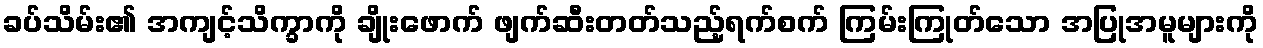
ခပ်သိမ်း၏ အကျင့်သိက္ခာကို ချိုးဖောက် ဖျက်ဆီးတတ်သည့်ရက်စက် ကြမ်းကြုတ်သော အပြုအမူများကို